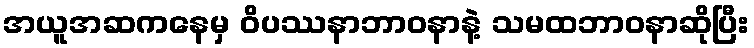
အယူအဆကနေမှ ဝိပဿနာဘာဝနာနဲ့ သမထဘာဝနာဆိုပြီး